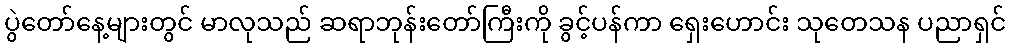
ပွဲတော်နေ့များတွင် မာလုသည် ဆရာဘုန်းတော်ကြီးကို ခွင့်ပန်ကာ ရှေးဟောင်း သုတေသန ပညာရှင်